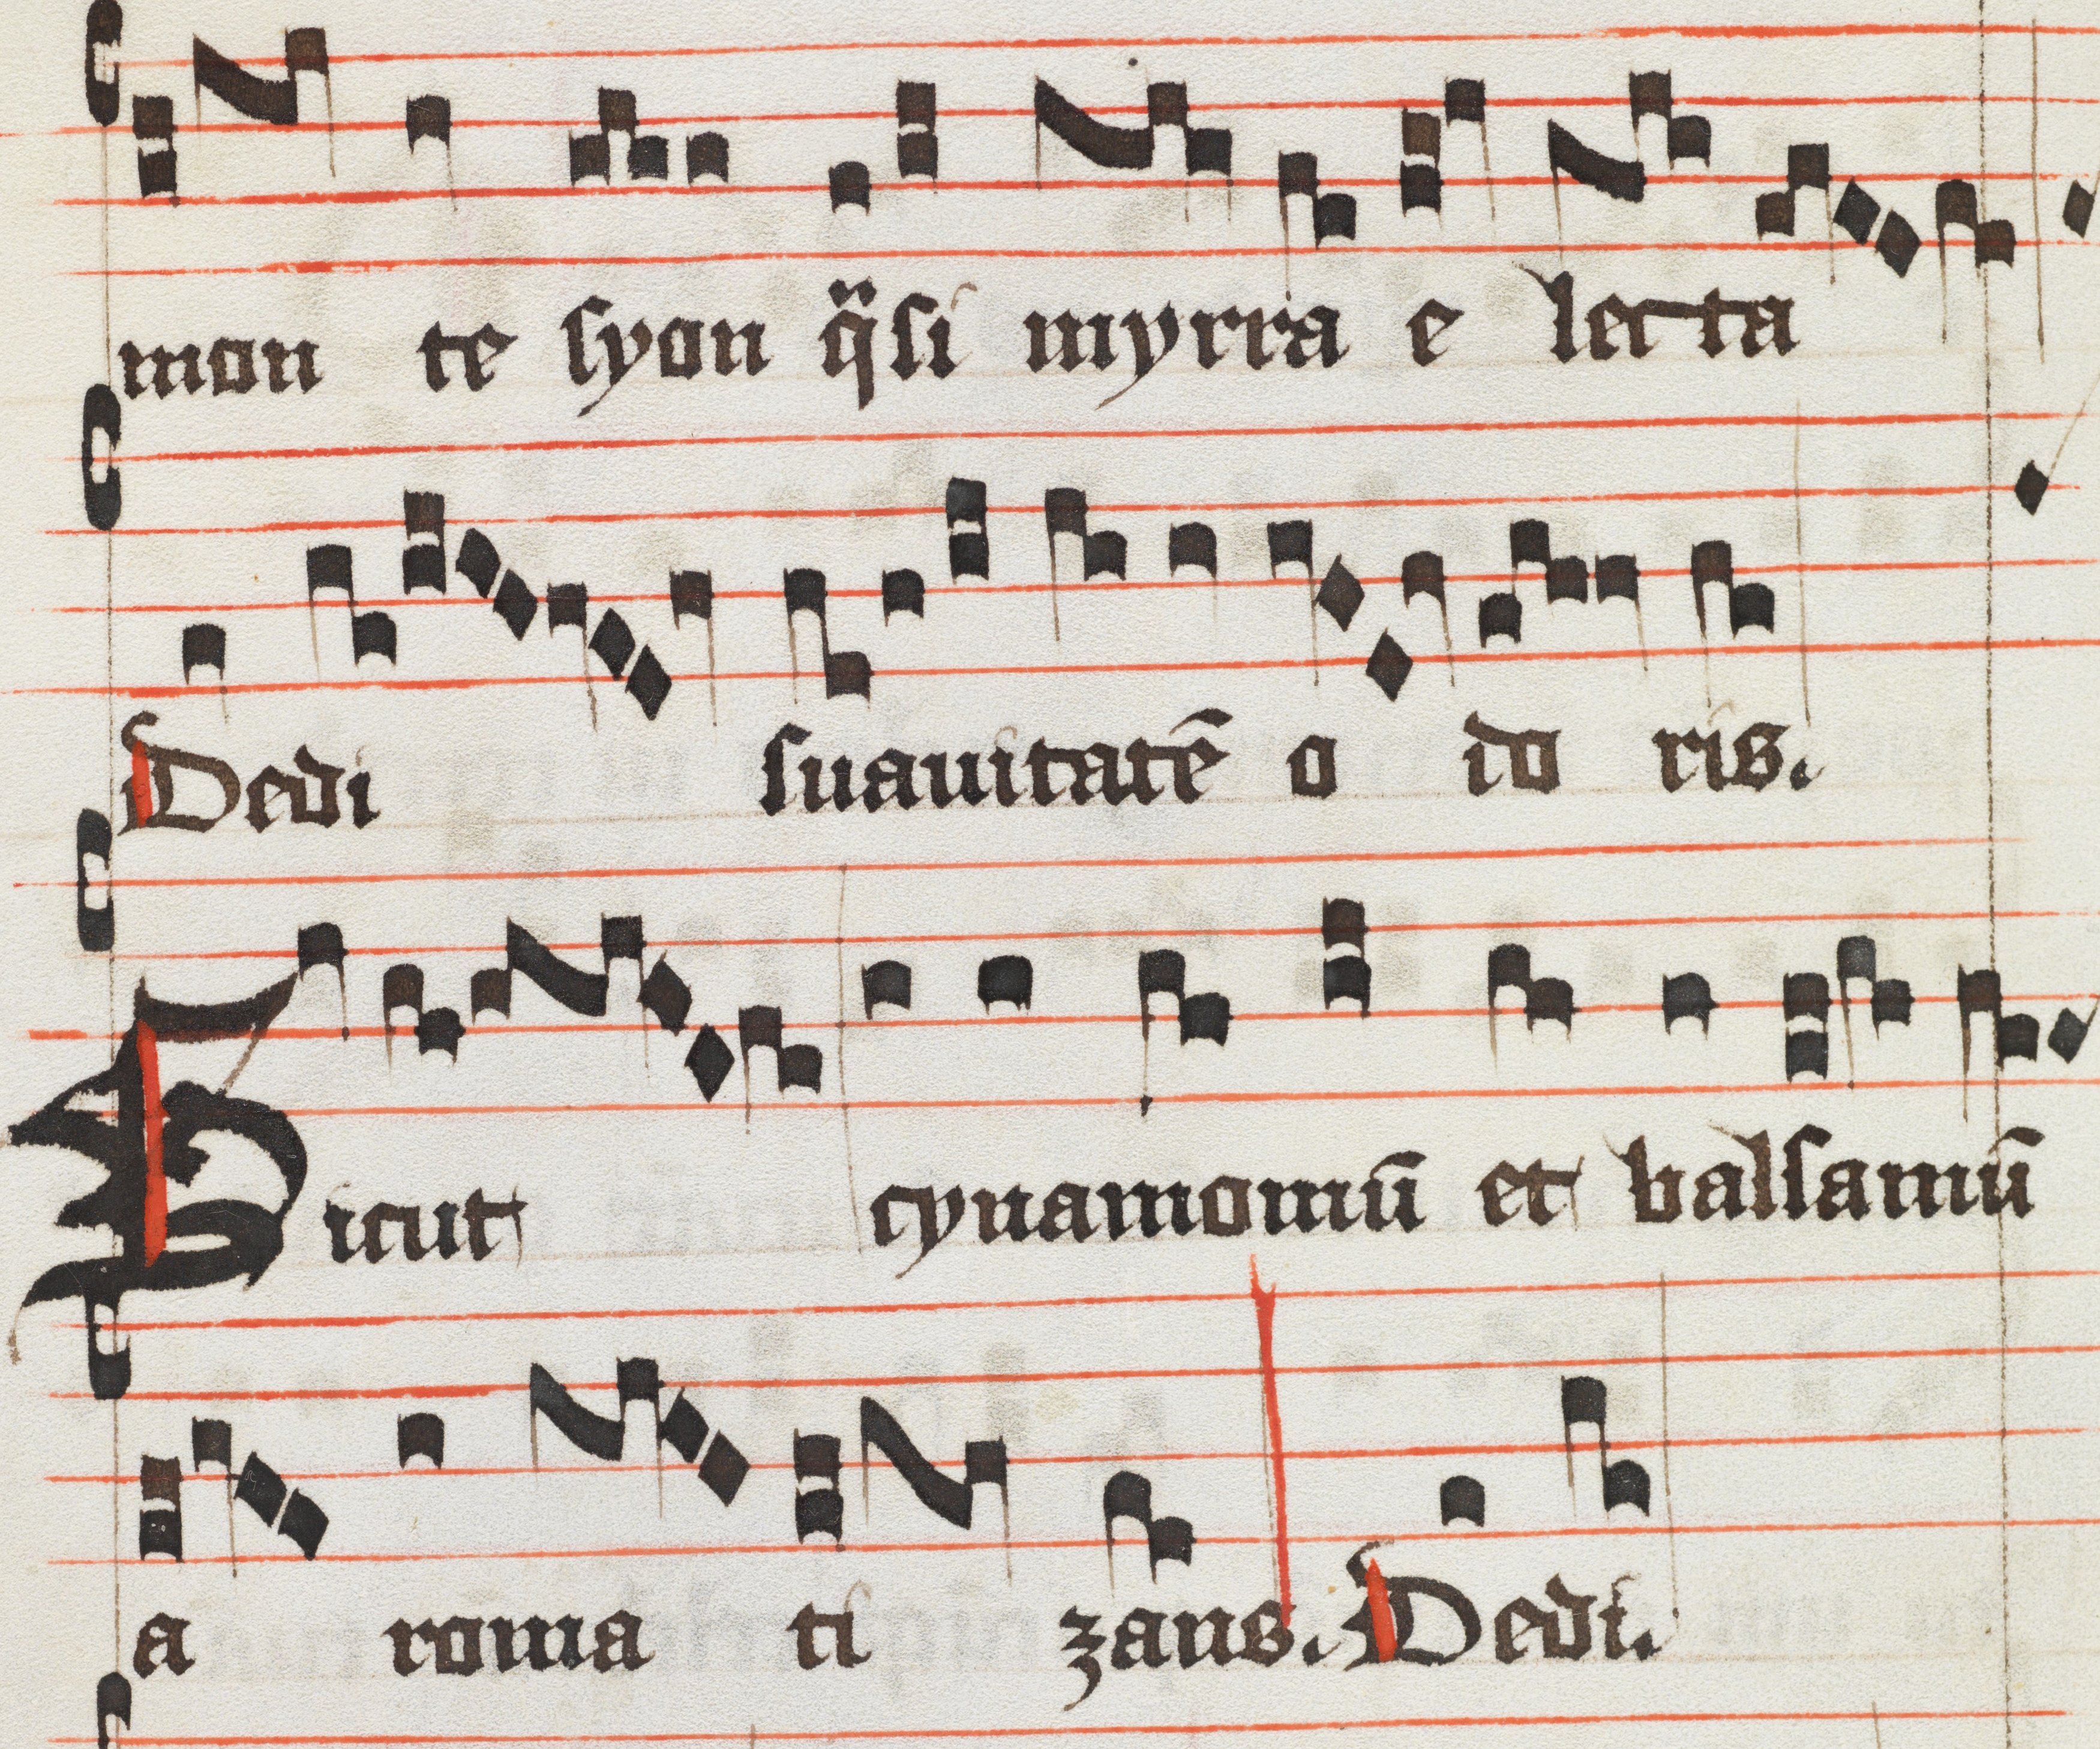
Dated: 1400–1499